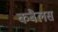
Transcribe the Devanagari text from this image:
कबैलस